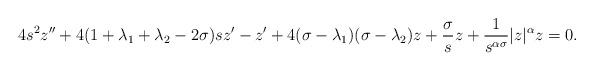
LaTeX: \begin{align*} 4s^2z''+ 4 (1 + \lambda _1 + \lambda _2 -2\sigma )sz'-z'+ 4 (\sigma -\lambda _1) (\sigma -\lambda _2) z+\frac {\sigma } {s}z+ \frac {1} {s^{ \alpha \sigma }} |z|^\alpha z=0.\end{align*}